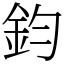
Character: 鈞